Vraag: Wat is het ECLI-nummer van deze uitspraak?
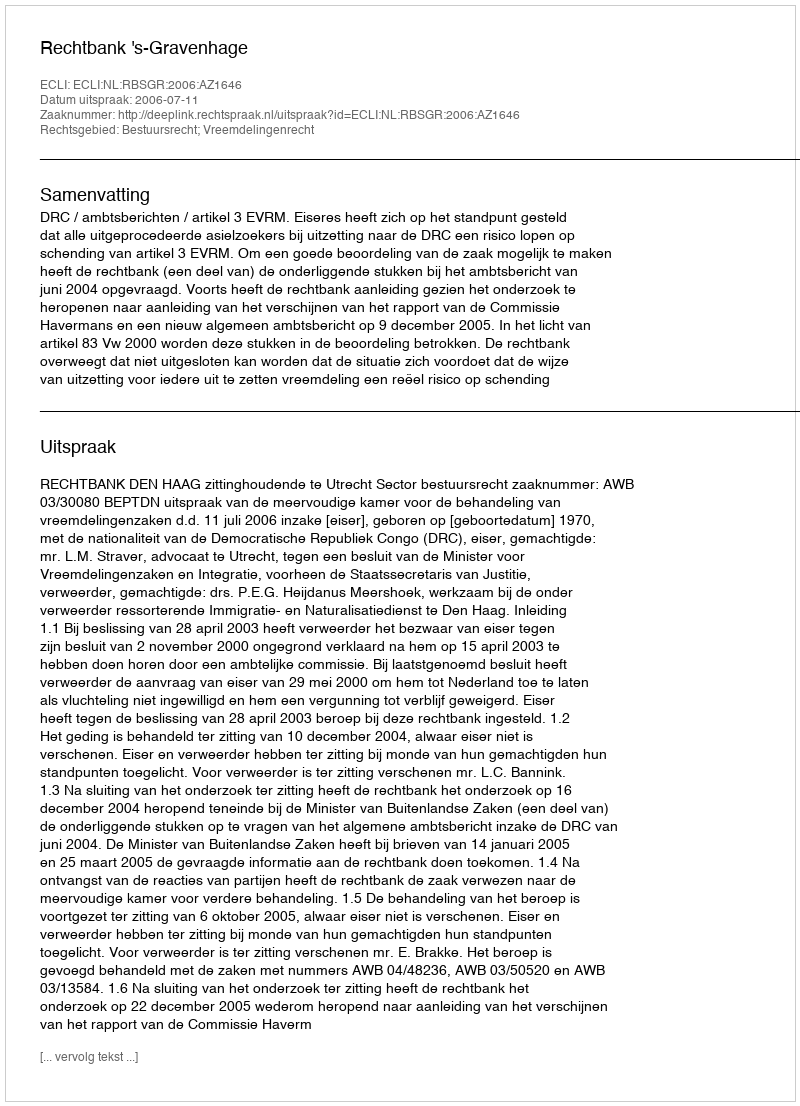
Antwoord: ECLI:NL:RBSGR:2006:AZ1646